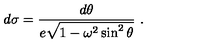
d \sigma = { \frac { d \theta } { e \sqrt { 1 - \omega ^ { 2 } \sin ^ { 2 } \theta } } } \ .